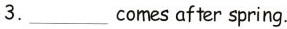
3. ___comes after spring.